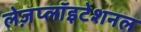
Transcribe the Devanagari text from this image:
लेज़प्लॉइटेशनल